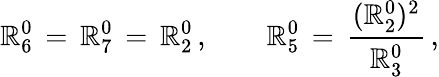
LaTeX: \mathbb{R}_{6}^{0}\, =\, \mathbb{R}_{7}^{0}\, =\, \mathbb{R}_{2}^{0}\, ,\qquad\mathbb{R}_{5}^{0}\, =\, \frac{{(\mathbb{R}_{2}^{0})^{2}}}{{\mathbb{R}_{3}^{0}}}\, ,